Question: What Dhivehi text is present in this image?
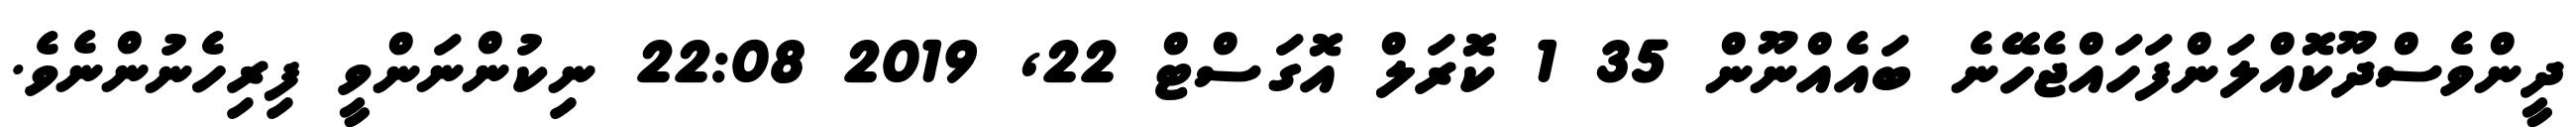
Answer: ދީންވެސްދޫކޮއްލަންފަހައްޖެހޭނެ ބައެއްނޫން 35 1 ކޮރަލް އޮގަސްޓް 22, 2019 22:08 ނިކުންނަންވީ ފިރިހެނުންނެވެ.